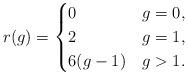
LaTeX: \begin{align*}r(g) = \begin{cases} 0 & g = 0, \\ 2 & g = 1, \\ 6(g-1) & g>1.\end{cases}\end{align*}